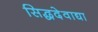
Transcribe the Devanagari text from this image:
सिद्धदेवाद्या